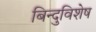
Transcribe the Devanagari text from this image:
बिन्दुविशेष